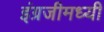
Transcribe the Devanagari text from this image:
इंग्रजीमध्यी